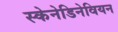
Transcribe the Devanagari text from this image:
स्केनेडिनेवियन